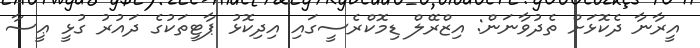
އީރާނާ ދެކޮޅަށް ތެދުވާނަން: އިޒްރޭލް ޑިމޮކްރެސީގައި އިދިކޮޅު ޕާޓީތަކުގެ ދައުރު ގުޅީ ޢީސާ